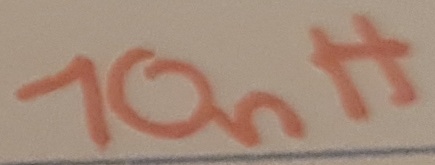
Text: 10nH